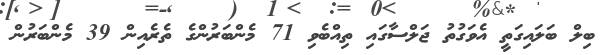
ބިލް ބަލައިގަތީ އެވަގުތު ޖަލްސާގައި ތިއްބެވި 71 މެންބަރުންގެ ތެރެއިން 39 މެންބަރުން